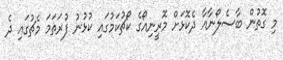
މި ގޮތުން ބާސެލޯނާއާ ދެކޮޅަށް މޮރީނިއޯގެ ކޯޗުކަމުގައި ކުޅުނު ފުރަތަމަ މެޗުގައި ދެ